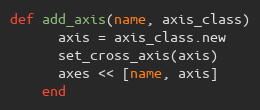
Language: Ruby
def add_axis(name, axis_class)
      axis = axis_class.new
      set_cross_axis(axis)
      axes << [name, axis]
    end